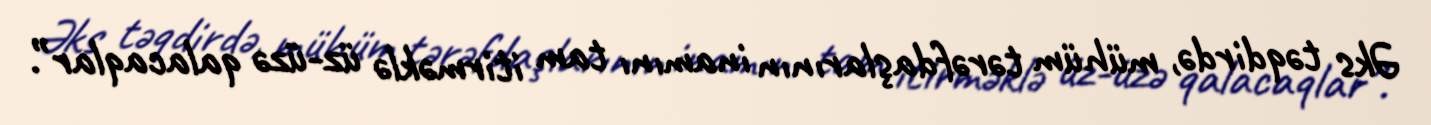
Əks təqdirdə, mühüm tərəfdaşlarının inamını tam itirməklə üz-üzə qalacaqlar”.